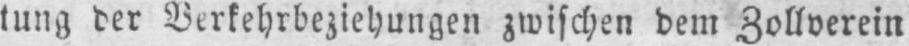
tung der Verkehrbeziehungen zwischen dem Zollverein